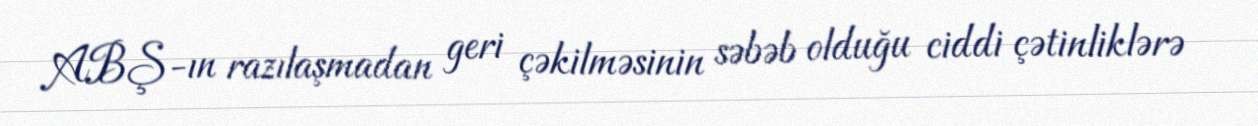
ABŞ-ın razılaşmadan geri çəkilməsinin səbəb olduğu ciddi çətinliklərə